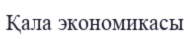
Қала экономикасы